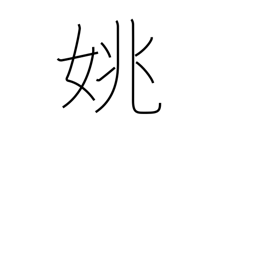
Meaning: beautiful